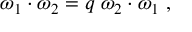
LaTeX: \omega _ { 1 } \cdot \omega _ { 2 } = q \; \omega _ { 2 } \cdot \omega _ { 1 } \; ,